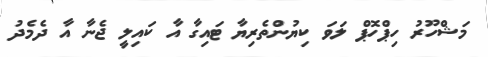
މަޝްހޫރު ހިޕްހޮޕް ލަވަ ކިޔުންތެރިޔާ ޓައިގާ އާ ކައިލީ ޖެނާ އާ ދެމެދު